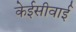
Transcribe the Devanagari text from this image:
केईसीवाई